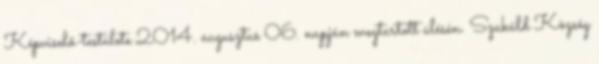
Képviselő-testülete 2014. augusztus 06. napján megtartott ülésén. Szakáld Község